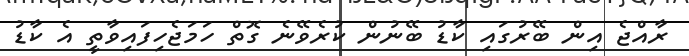
ރާއްޖެ އިން ބޭރުގައި ކާޑު ބޭނުން ކުރެވޭނެ ގޮތް ހަމަޖެހިފައިވާތީ އެ ކާޑު